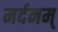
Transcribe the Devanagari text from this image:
मर्दनम्